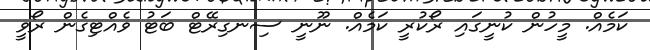
ކަމެއް. މީހުން ކުނީގައި ރޯކުރީ ކަމެއް. ނޫނީ ސިނގިރޭޓް ބަޓު ވެއްޓިގެން ރޯވީ